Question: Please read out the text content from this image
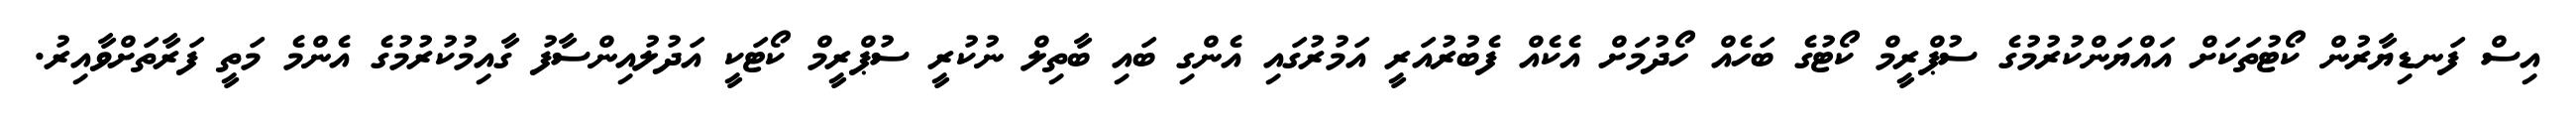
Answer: އިސް ފަނޑިޔާރުން ކޯޓުތަކަށް އައްޔަންކުރުމުގެ ސުޕްރީމް ކޯޓުގެ ބަހެއް ހޯދުމަށް އެކެއް ފެބުރުއަރީ އަމުރުގައި އެންގި ބައި ބާތިލް ނުކުރީ ސުޕްރީމް ކޯޓަކީ އަދުލުއިންސާފު ގާއިމުކުރުމުގެ އެންމެ މަތީ ފަރާތަށްވާއިރު.